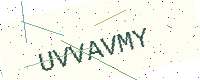
Text: UVVAVMY